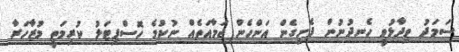
ސަމަދު ވިދާޅުވީ ހެނދުނުން ފެށިގެން އަންހެން ޖަމާއަތެއް ނުކުމެ ހޮސްޕިޓަލު ކުރިމަތީ މުޒާހަރާ